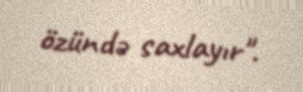
özündə saxlayır".